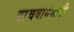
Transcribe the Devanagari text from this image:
वाचवायसाठी